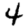
Digit: 4